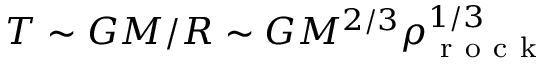
T \sim G M / R \sim G M ^ { 2 / 3 } \rho _ { \mathrm { ~ r ~ o ~ c ~ k ~ } } ^ { 1 / 3 }